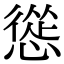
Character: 慫